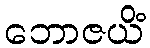
ဘောဇယိံ